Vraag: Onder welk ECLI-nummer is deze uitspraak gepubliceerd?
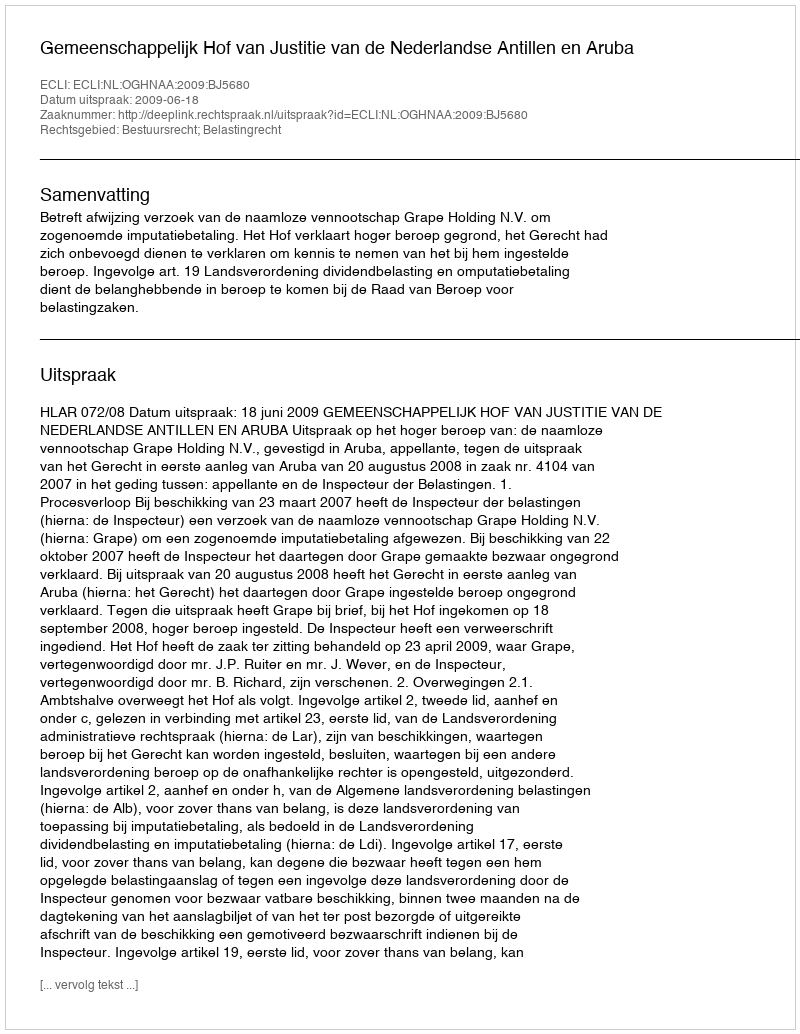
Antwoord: ECLI:NL:OGHNAA:2009:BJ5680